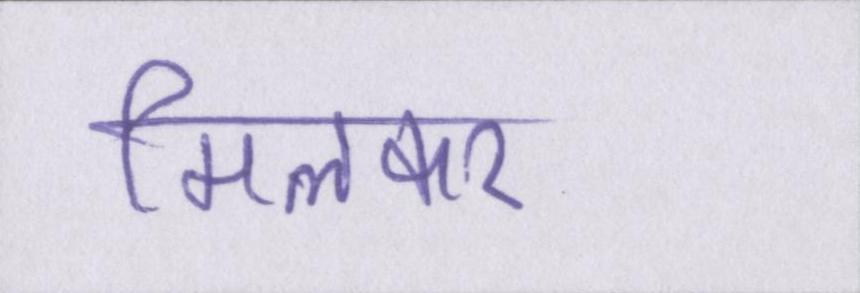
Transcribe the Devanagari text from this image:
मिलकर